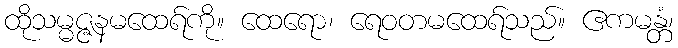
ထိုသမ္မဇ္ဇနမထေရ်ကို။ ထေရော၊ ရေဝတမထေရ်သည်။ ဧကမန္တံ၊